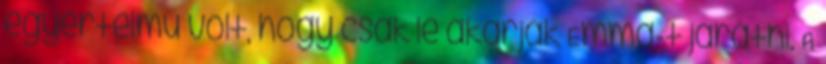
egyértelmű volt, hogy csak le akarják Emma-t járatni. A